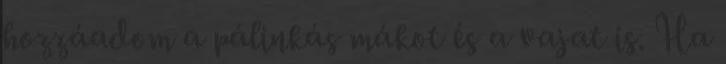
hozzáadom a pálinkás mákot és a vajat is. Ha